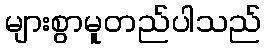
များစွာမူတည်ပါသည်